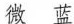
微 蓝